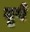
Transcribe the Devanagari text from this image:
वृषे